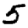
Digit: 5